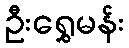
ဦးရွှေမန်း